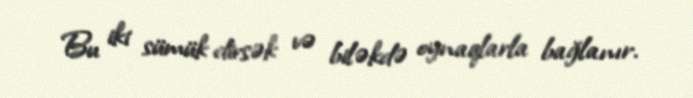
Bu iki sümük dirsək və biləkdə oynaqlarla bağlanır.